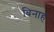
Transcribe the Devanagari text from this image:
बिनाह